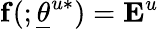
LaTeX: \mathbf{f}(;\underline{{\theta}}^{u*})=\mathbf{E}^{u}